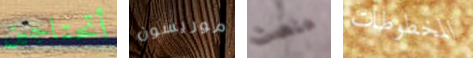
أتحتاجين موريسون منصت المخطوطات